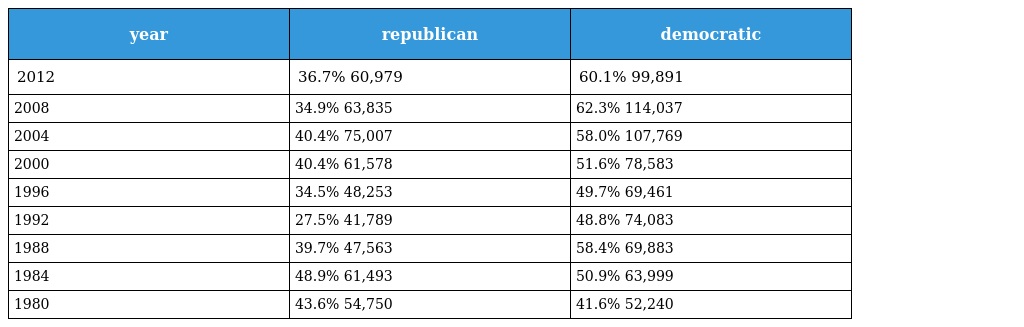
| year | republican | democratic |
 | --- | --- | --- |
 | 2012 | 36.7% 60,979 | 60.1% 99,891 |
 | 2008 | 34.9% 63,835 | 62.3% 114,037 |
 | 2004 | 40.4% 75,007 | 58.0% 107,769 |
 | 2000 | 40.4% 61,578 | 51.6% 78,583 |
 | 1996 | 34.5% 48,253 | 49.7% 69,461 |
 | 1992 | 27.5% 41,789 | 48.8% 74,083 |
 | 1988 | 39.7% 47,563 | 58.4% 69,883 |
 | 1984 | 48.9% 61,493 | 50.9% 63,999 |
 | 1980 | 43.6% 54,750 | 41.6% 52,240 |